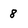
Character: 8